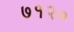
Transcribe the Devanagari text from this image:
७१२०